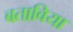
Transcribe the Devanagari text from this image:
बताविया